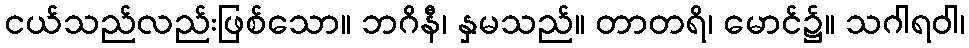
ငယ်သည်လည်းဖြစ်သော။ ဘဂိနီ၊ နှမသည်။ တာတရိ၊ မောင်၌။ သဂါရဝါ၊